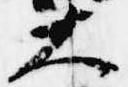
大